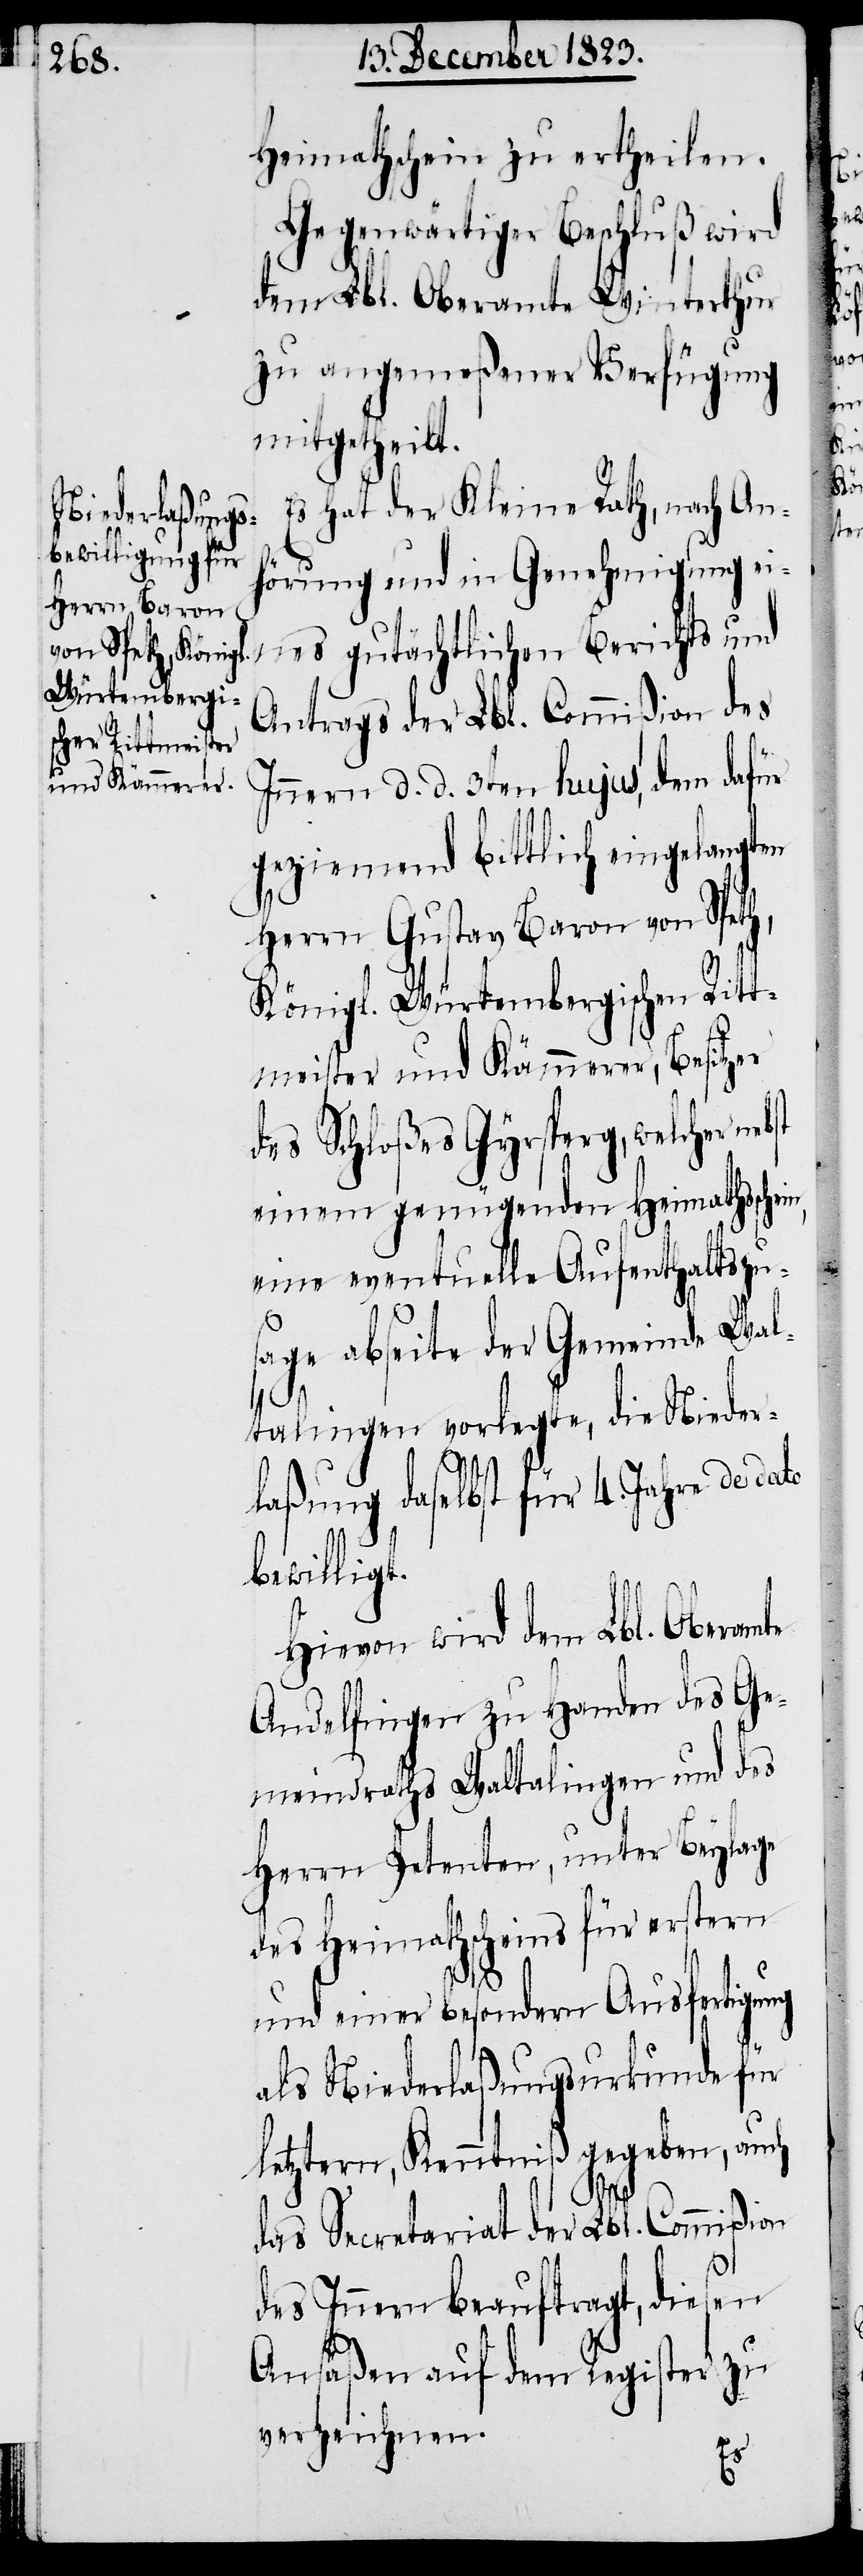
Heimathschein zu ertheilen.
Gegenwärtiger Beschluß wird
dem Lbl. Oberamte Winterthur
zu angemeßener Verfügung
mitgetheilt.
Es hat der Kleine Rath, nach An¬
hörung und in Genehmigung ei¬
nes gutächtlichen Berichts und
Antrages der Lbl. Commißion des
Innern d. d. 3ten hujus, dem dafür
geziemend bittlich eingelangten
Herrn Gustav Baron von Speth,
Königl. Würtembergischen Ritt¬
meister und Kämmerer, Besitzer
des Schloßes Gyrsperg, welcher ne¬
einem genügenden Heimathsschein,
eine eventuelle Aufenthaltszus¬
age abseite der Gemeinde Wal¬
talingen vorlegte, die Nieder¬
laßung daselbst für 4. Jahre de da¬
te
bewilligt.
Hievon wird dem Lbl. Oberam¬
Andelfingen zu Handen des Ge¬
meindraths Waltalingen und des
Herrn Petenten, unter Beylage
des Heimathscheins für erstern
und einer besondern Ausfertigung
als Niederlaßungsurkunde für
letztern, Kenntniß gegeben, auch
das Secretariat der Lbl. Commißion
des Innern beauftragt, diesen
Ansäßen auf dem Register zu
verzeichnen.